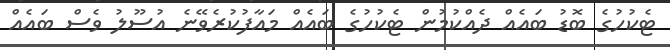
ޓެކުހުގެ ބޮޑު ބައެއް ދެއްކުމުން ޓެކުހުގެ ބައެއް މައާފުކުރެވޭނެ އުސޫލު ވެސް ބައެއް